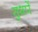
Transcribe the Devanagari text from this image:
सुधारें